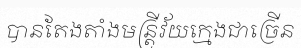
បានតែងតាំងមន្ត្រីវ័យក្មេងជាច្រើន